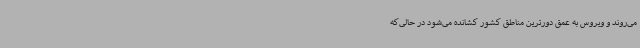
می‌روند و ویروس به عمق دورترین مناطق کشور کشانده می‌شود در حالی‌که